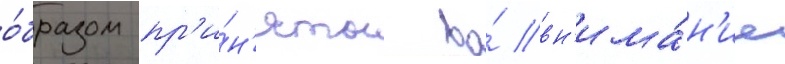
о́бразом пр'и́н'яты во́ вн'има́н'ие